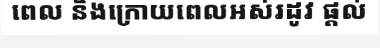
ពេល និងក្រោយពេលអស់រដូវ ផ្តល់